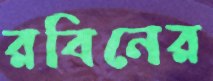
রবিনের